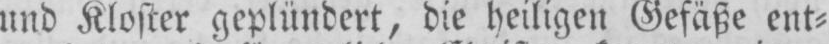
und Kloster geplündert, die heiligen Gefäße ent⸗